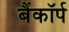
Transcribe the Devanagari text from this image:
बैंकॉर्प